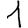
Digit: 1